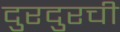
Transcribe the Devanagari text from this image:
दुरदुरची